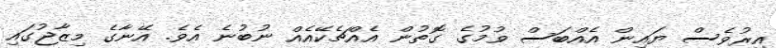
އިރުވެސް ޔައިން އެއްބަސް ވުމުގެ ގޮތުން އެއްޗެކޭއެއް ނުބުނެ އެވެ. އޭނާގެ މިޒާޖުގައި